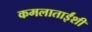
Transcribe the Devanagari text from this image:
कमलाताईंशी